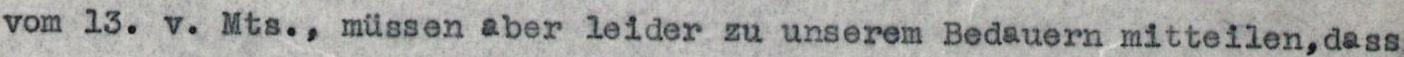
vom 13. v. Mts., müssen aber leider zu unserem Bedauern mitteilen,dass